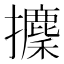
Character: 攈